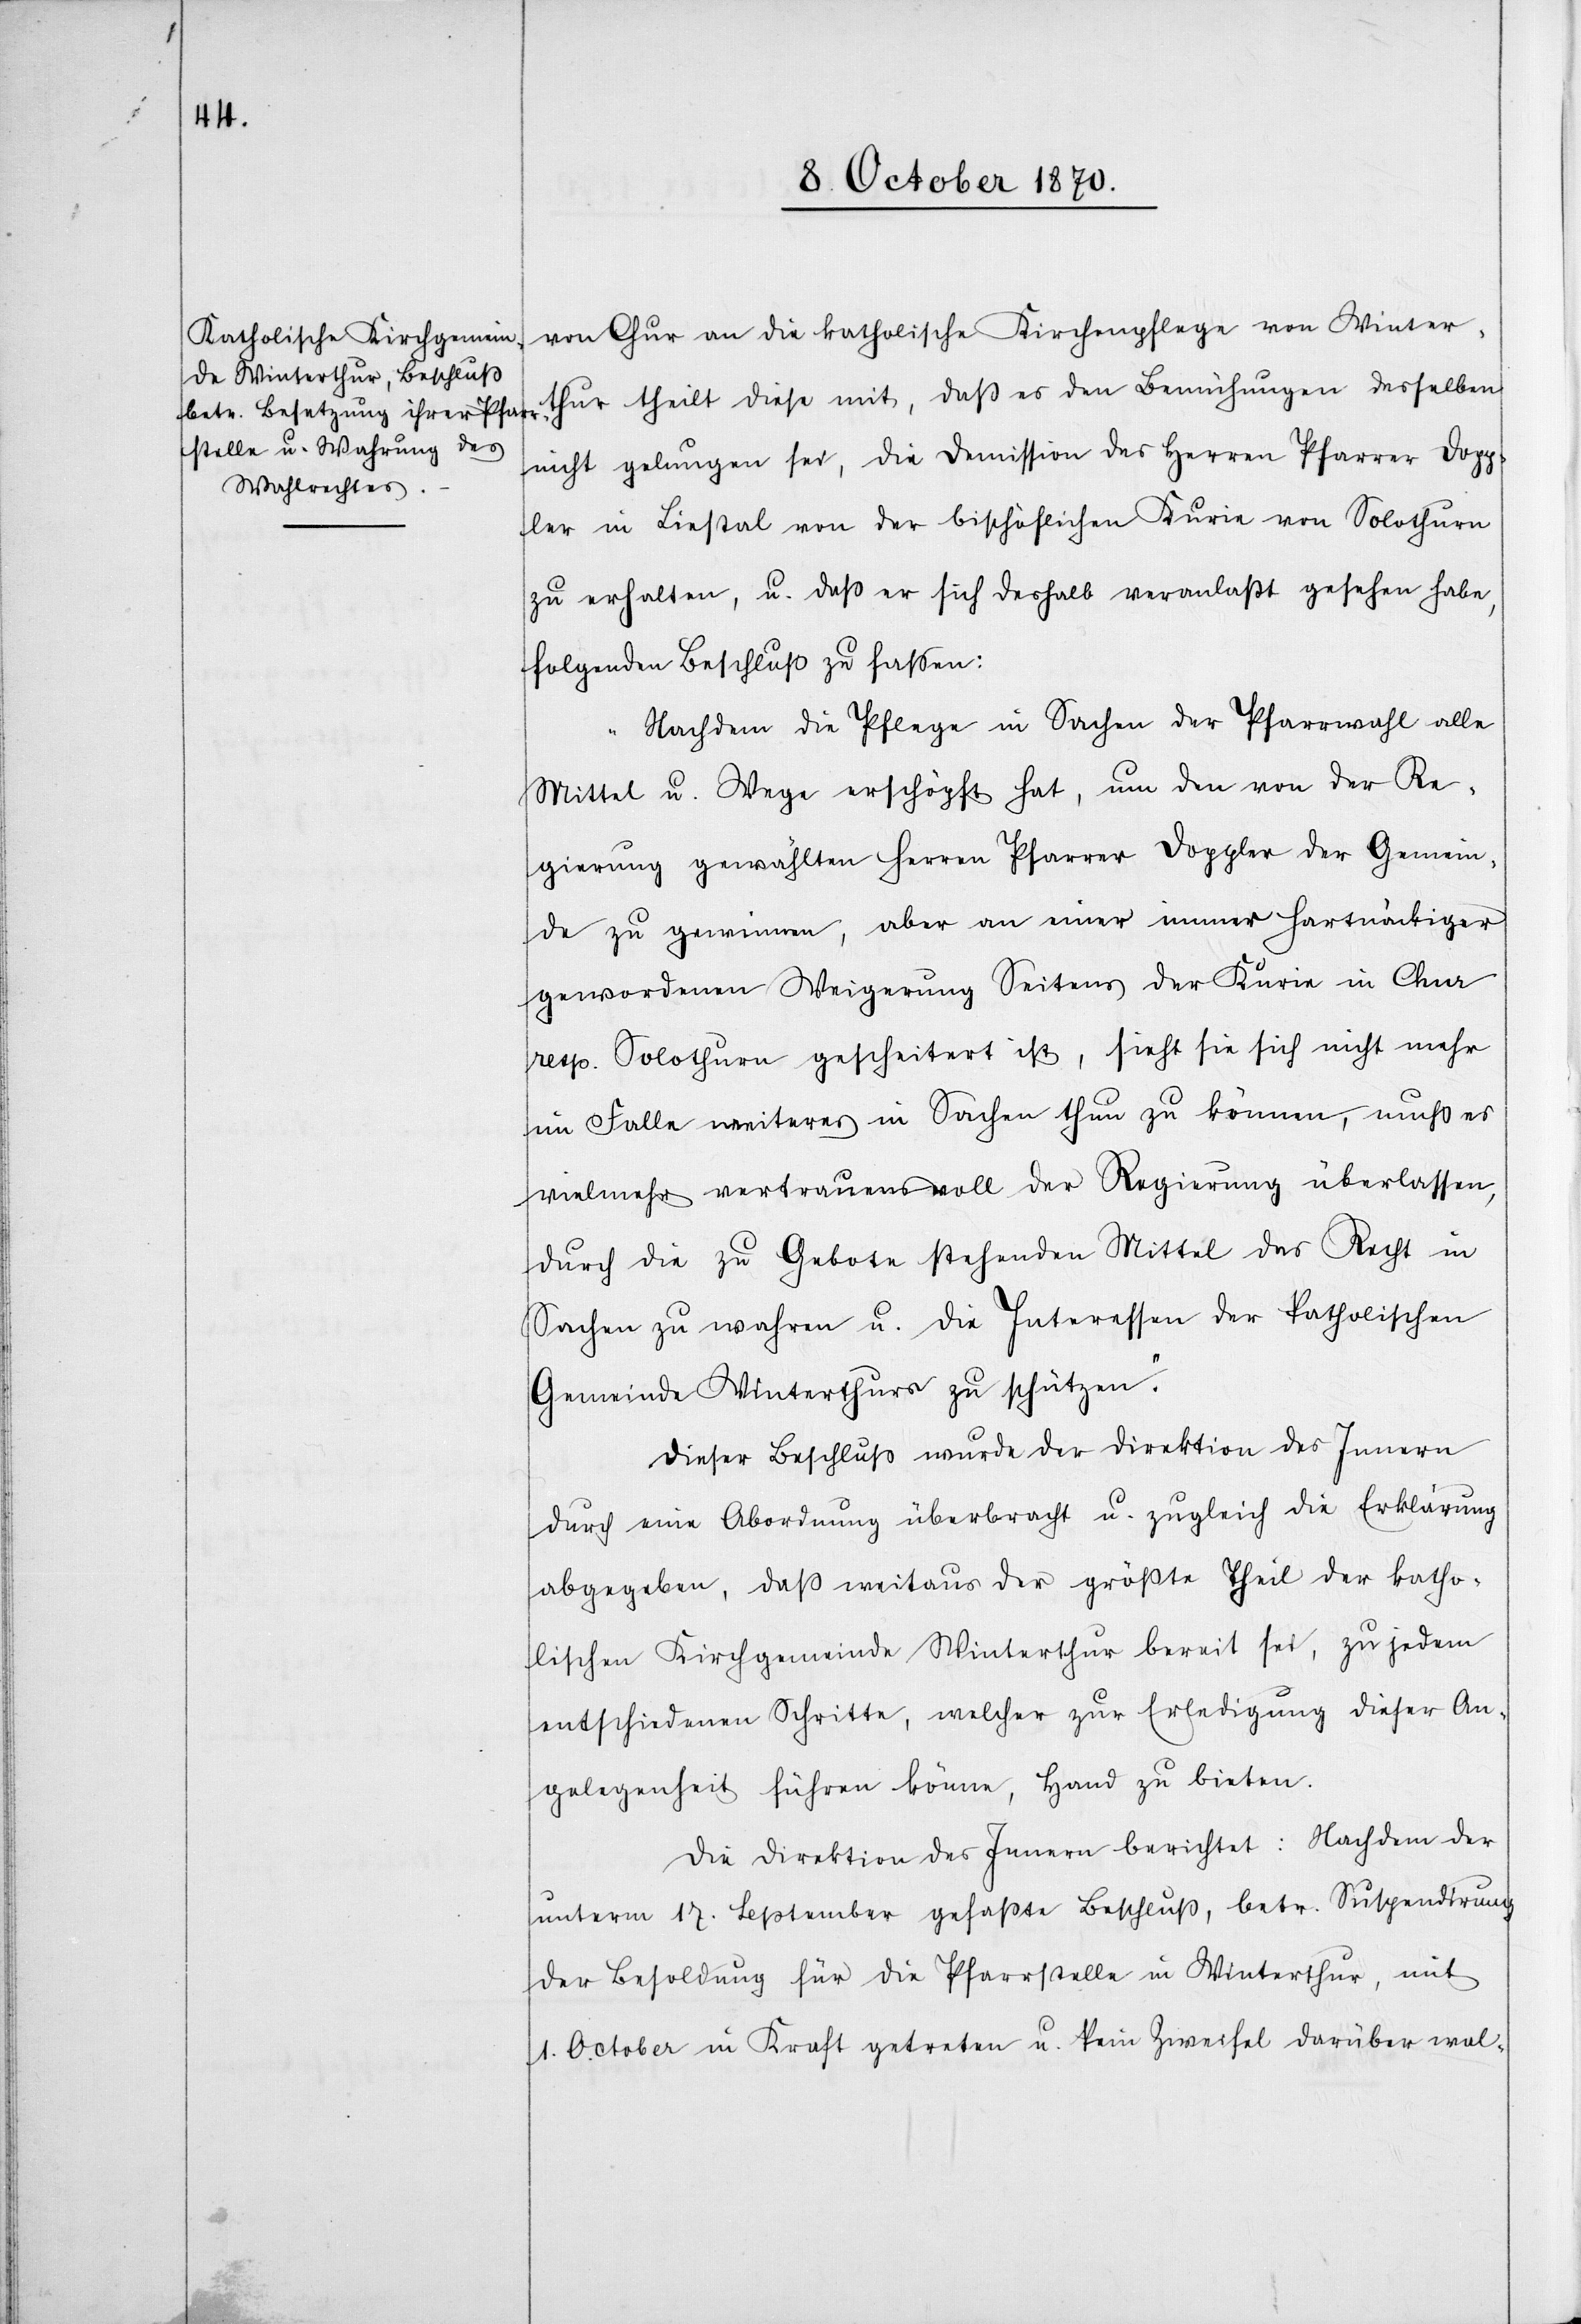
thur

von Chur an die katholische Kirchenpflege von Winter¬
nicht gelungen sei, die Demission des Herren Pfarrer Dopp¬
ler in Liestal von der bischöflichen Kurie von Solothurn
zu erhalten, u. daß er sich deshalb veranlaßt gesehen habe,
folgenden Beschluß zu faßen:
„Nachdem die Pflege in Sachen der Pfarrwahl alle
Mittel u. Wege erschöpft hat, um den von der Re¬
gierung gewählten Herren Pfarrer Doppler der Gemein¬
de zu gewinnen, aber an einer immer hartnäckiger
gewordenen Weigerung Seitens der Kurie in Chur
resp. Solothurn gescheitert ist, sieht sie sich nicht mehr
im Falle weiteres in Sachen thun zu können, muß es
vielmehr vertrauensvoll der Regierung überlassen,
durch die zu Gebote stehenden Mittel das Recht in
Sachen zu wahren u. die Interessen der katholischen
Gemeinde Winterthur zu schützen.“
Dieser Beschluß wurde der Direktion des Innern
durch eine Abordnung überbracht u. zugleich die Erklärung
abgegeben, daß weitaus der größte Theil der katho¬
lischen Kirchgemeinde Winterthur bereit sei, zu jedem
entschiedenen Schritte, welcher zur Erledigung dieser An¬
gelegenheit führen könne, Hand zu bieten.
Die Direktion des Innern berichtet: Nachdem der
unterm 17. September gefaßte Beschluß, betr. Suspendirung
der Besoldung für die Pfarrstelle in Winterthur, mit
1. October in Kraft getreten u. kein Zweifel darüber wal-